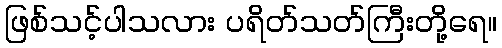
ဖြစ်သင့်ပါသလား ပရိတ်သတ်ကြီးတို့ရေ။